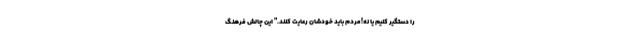
را دستگیر کنیم یا نه!مردم باید خودشان رعایت کنند." اين چالش فرهنگ